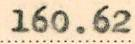
160.62